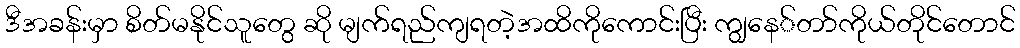
ဒီအခန်းမှာ စိတ်မနိုင်သူတွေ ဆို မျက်ရည်ကျရတဲ့အထိကိုကောင်းပြီး ကျွနေ်တာ်ကိုယ်တိုင်တောင်